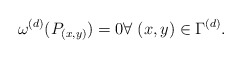
\begin{align*} \omega^{(d)}(P_{(x,y)}) = 0 \forall\;(x,y)\in \Gamma^{(d)}.\end{align*}